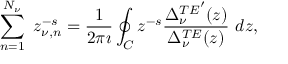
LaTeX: \sum _ { n = 1 } ^ { N _ { \nu } } \ z _ { \nu , n } ^ { - s } = \displaystyle { \frac { 1 } { 2 \pi \imath } } \oint _ { C } z ^ { - s } \displaystyle { \frac { { \Delta _ { \nu } ^ { T E } } ^ { \prime } ( z ) } { \Delta _ { \nu } ^ { T E } ( z ) } } \ d z ,